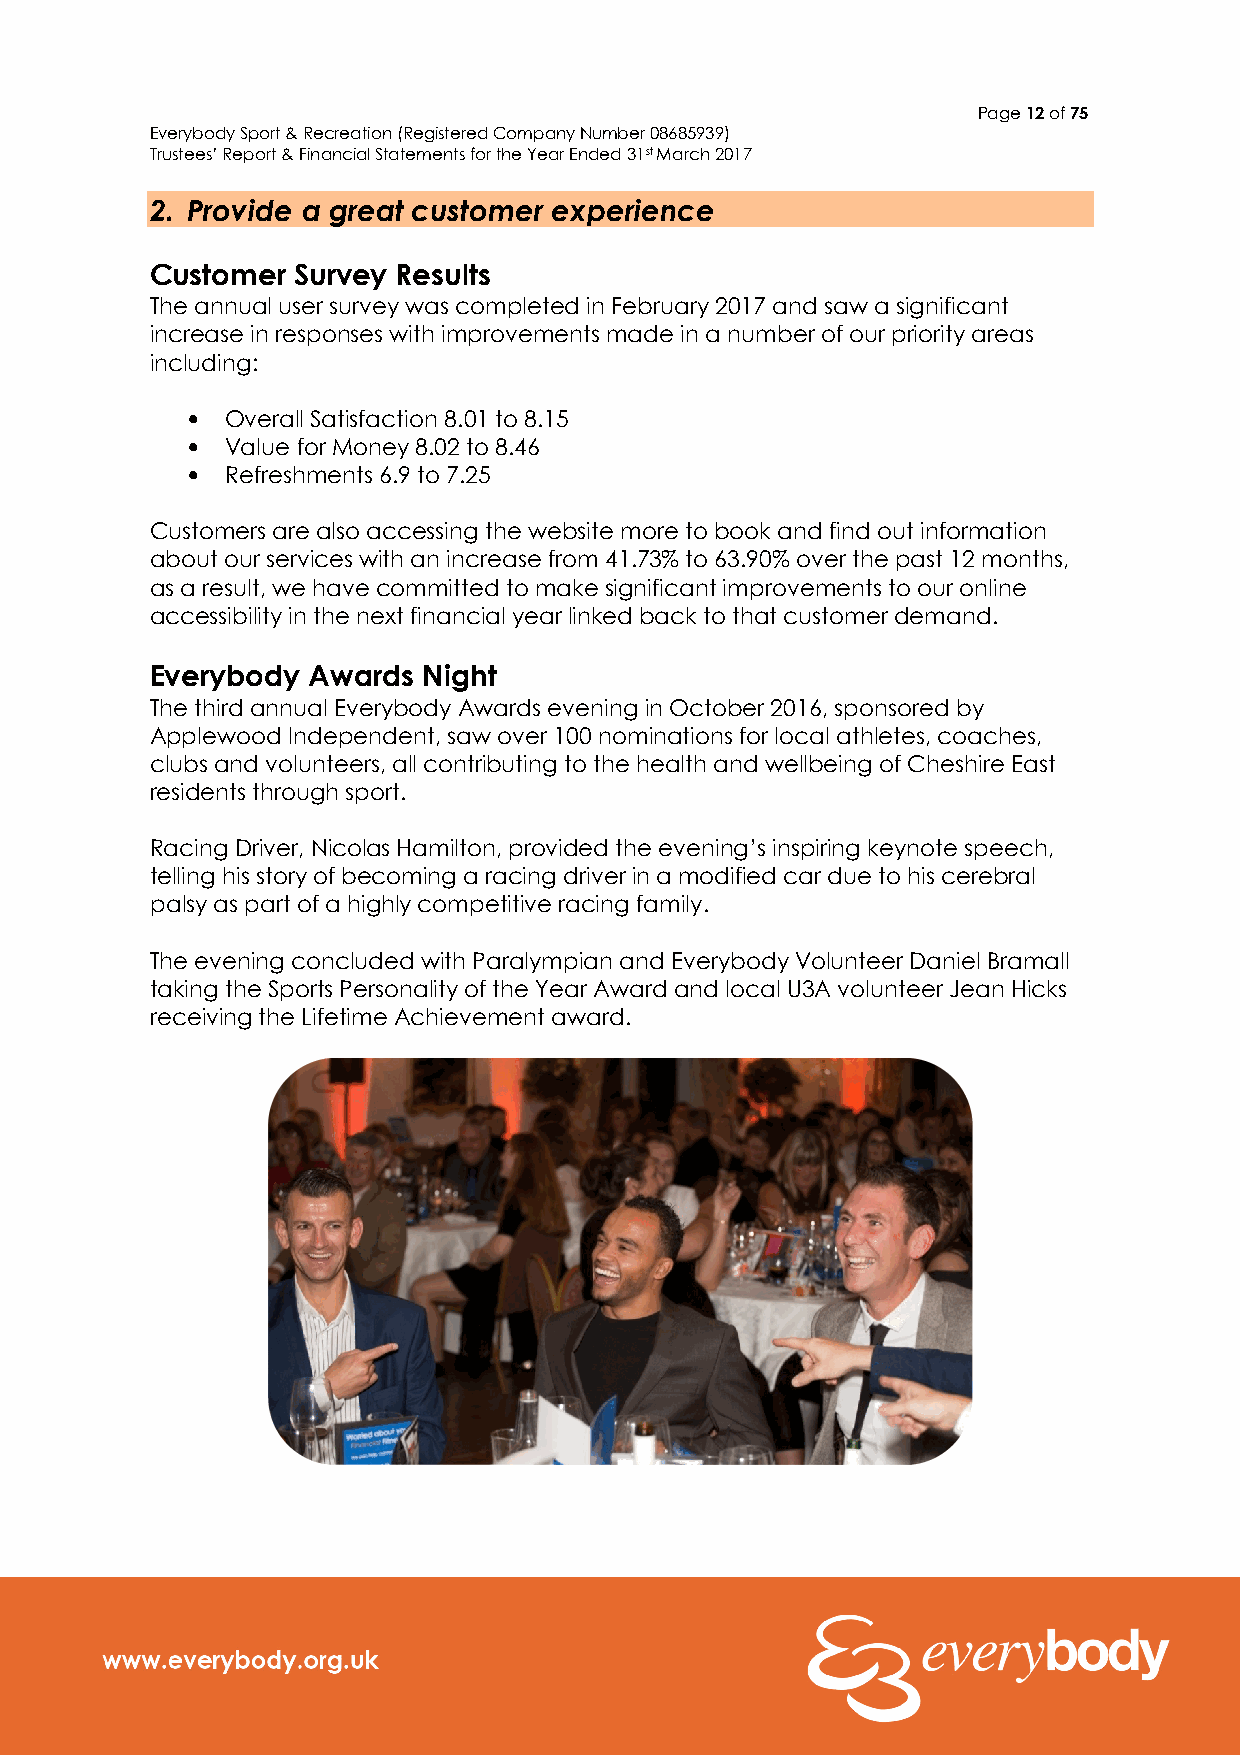
Page 12 of 75
 Everybody Sport & Recreation (Registered Company Number 08685939)
 Trustees’ Report & Financial Statements for the Year Ended 31st March 2017
 2. Provide a great customer experience
 Customer Survey Results
 The annual user survey was completed in February 2017 and saw a significant
 increase in responses with improvements made in a number of our priority areas
 including:
 •  Overall Satisfaction 8.01 to 8.15
 •  Value for Money 8.02 to 8.46
 •  Refreshments 6.9 to 7.25
 Customers are also accessing the website more to book and find out information
 about our services with an increase from 41.73% to 63.90% over the past 12 months,
 as a result, we have committed to make significant improvements to our online
 accessibility in the next financial year linked back to that customer demand.
 Everybody Awards  Night
 The third annual Everybody Awards evening in October 2016, sponsored by
 Applewood Independent, saw over 100 nominations for local athletes, coaches,
 clubs and volunteers, all contributing to the health and wellbeing of Cheshire East
 residents through sport.
 Racing Driver, Nicolas Hamilton, provided the evening’s inspiring keynote speech,
 telling his story of becoming a racing driver in a modified car due to his cerebral
 palsy as part of a highly competitive racing family.
 The evening concluded with Paralympian and Everybody Volunteer Daniel Bramall
 taking the Sports Personality of the Year Award and local U3A volunteer Jean Hicks
 receiving the Lifetime Achievement award.